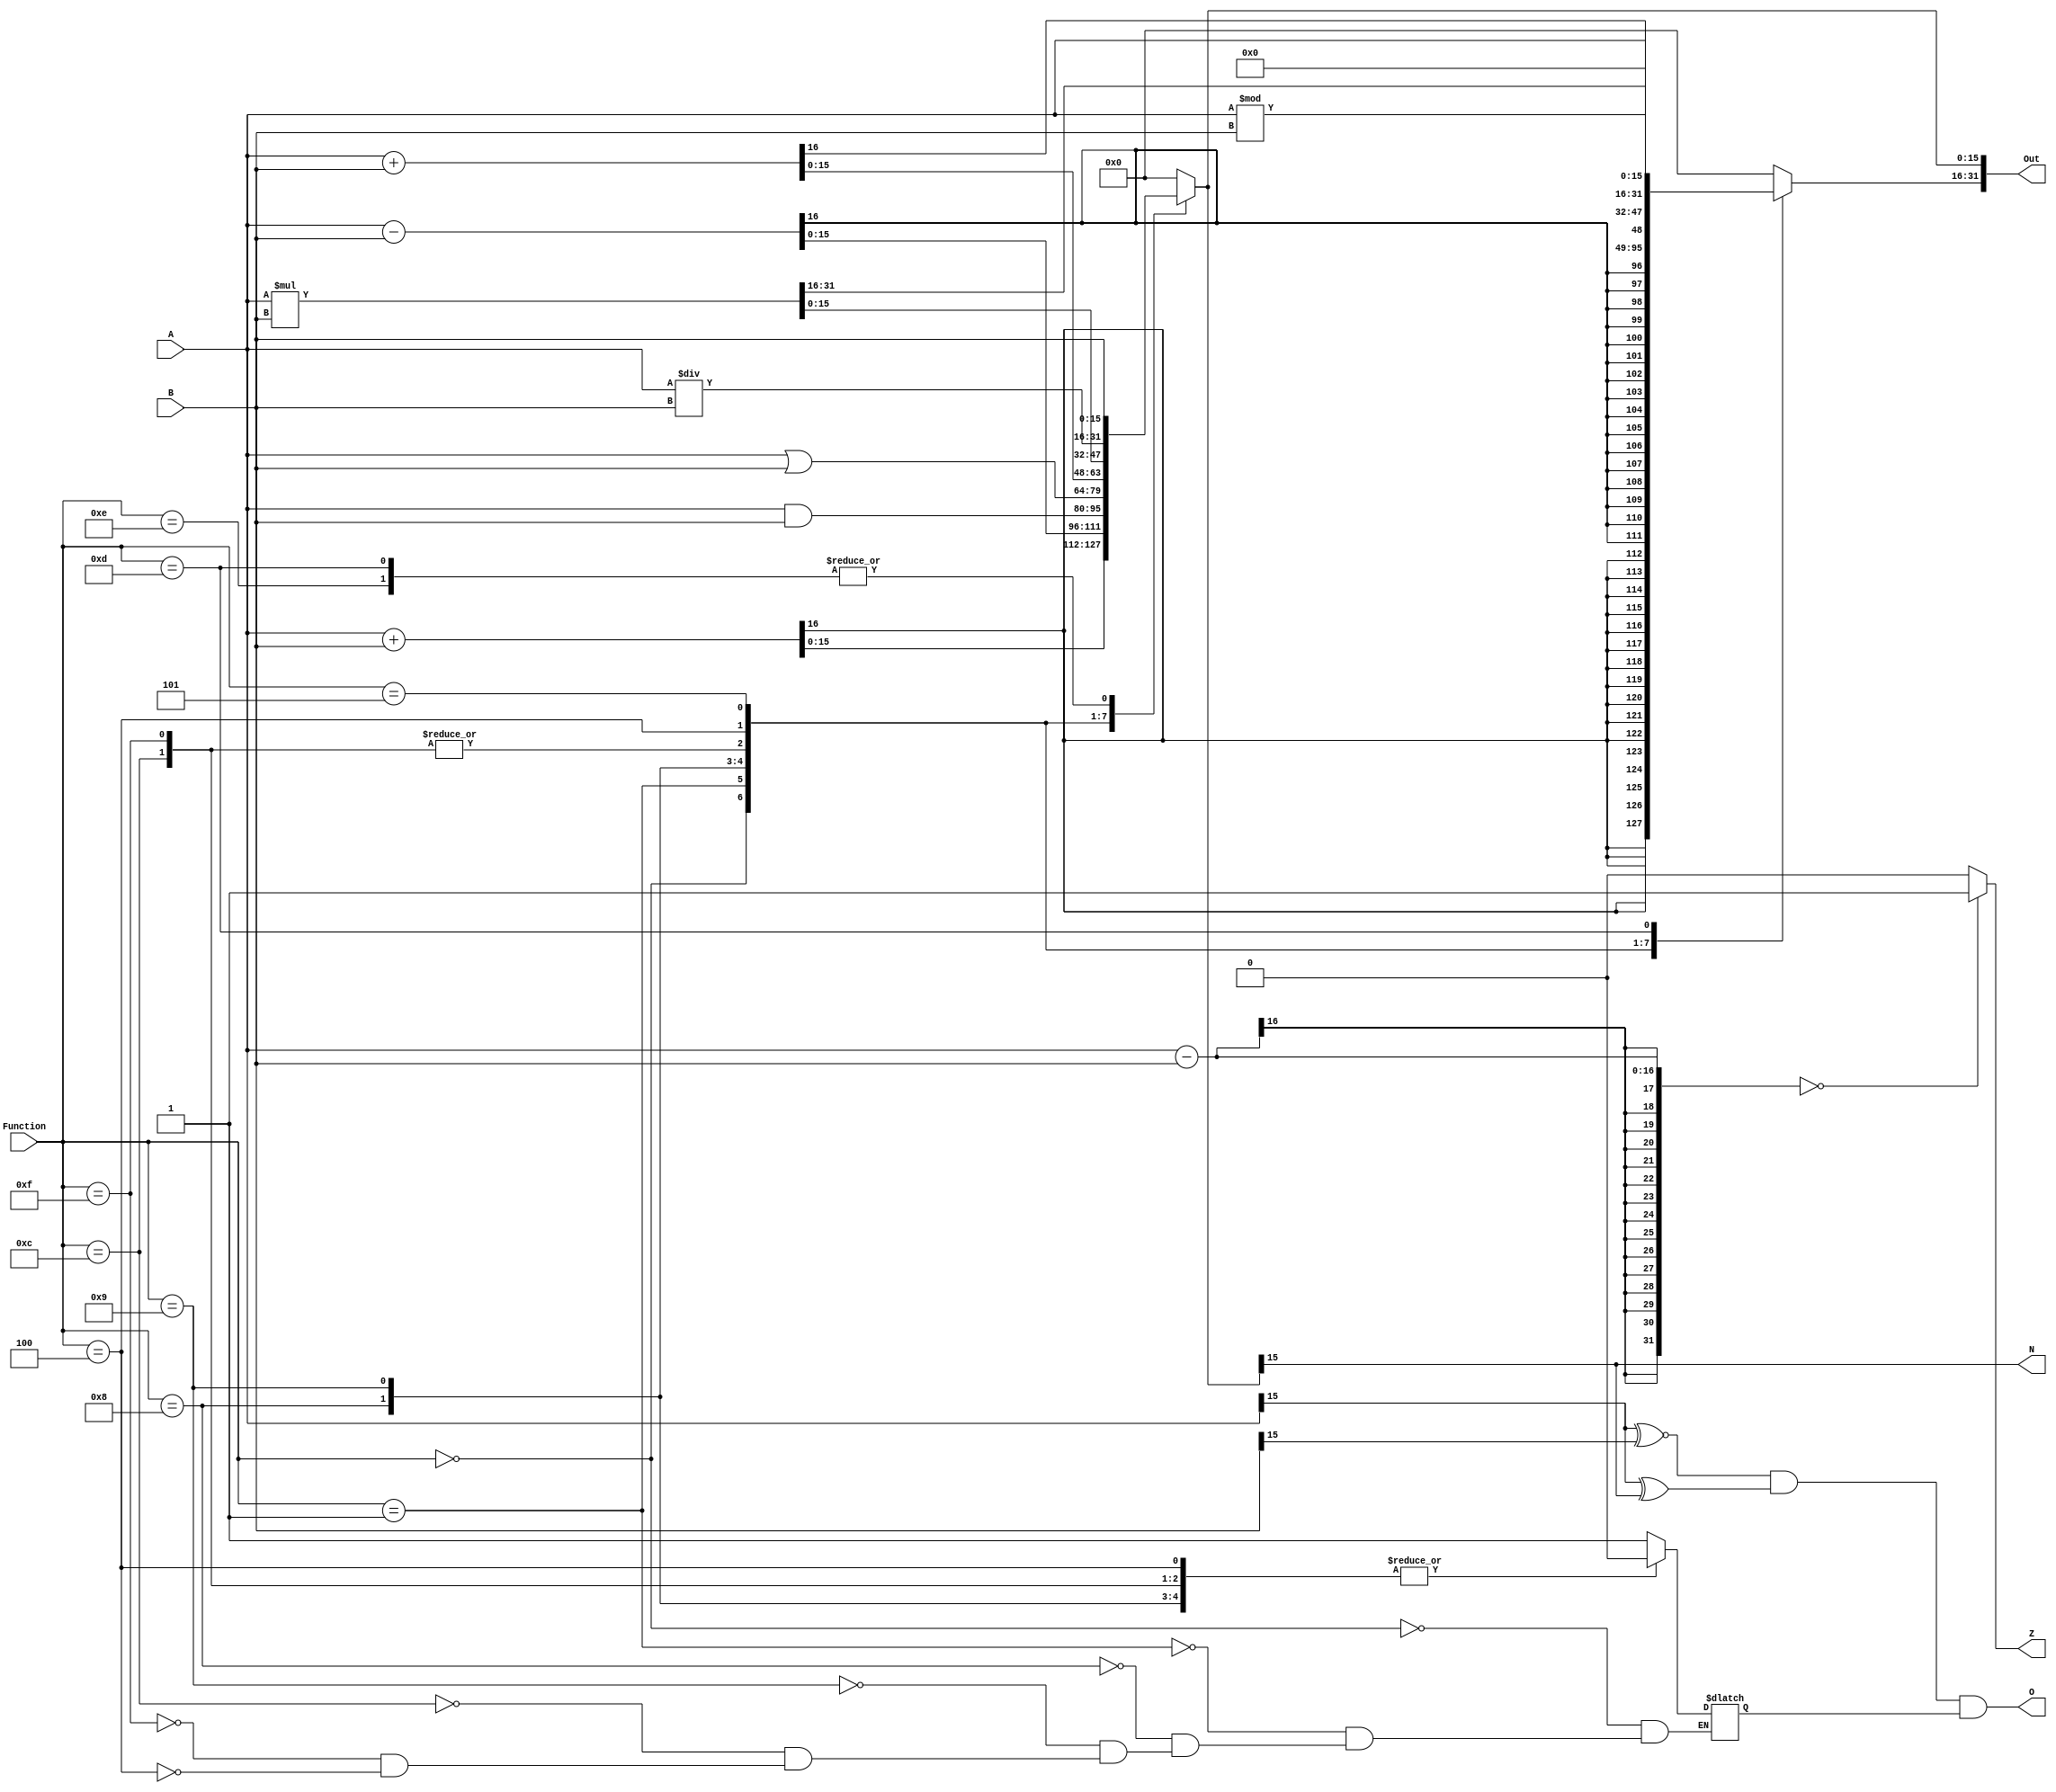
module alu(
    input [15:0] A,
    input [15:0] B,
    input [3:0] Function,
    output reg [31:0] Out,
    output O,
    output Z,
    output reg N
    );

    
    
    reg Of_temp2;
    //Of_temp and Of_temp2 allow overflow check to only happen if arithmetic operation
    
    assign Of_temp = (A[15] ^~ B[15]) && (A[15] ^ Out[15]);
    assign O = Of_temp && Of_temp2;
    assign Z = ((A - B) == 0) ? 1 : 0;
    always @(*)
    begin
	
	
	/////FUNCTION CODES/////:
	//0000 Signed Add
	//0001 Signed Subtract
	//0100 Signed Multiplication
	//0101 Signed division
	//1000 AND Immediate
	//1001 OR Immediate
	//1100 Memory operation
	//1101 SWAP
	//1110 MOVE

      
        casex (Function)
            4'b0000 : //add 
                begin
                    Out = $signed(A) + $signed(B);
                    Of_temp2 = 1'b1;
                end
            4'b0001 : //subtract
                begin
                    Out = $signed(A) - $signed(B);
                    Of_temp2 = 1'b1;

                end
            4'b1000 : //AND
                begin
                    Out = A & B;
                    Of_temp2 = 1'b0;
                end
            4'b1001 : //OR
                begin
                    Out = A | B;
                    Of_temp2 = 1'b0;
                end
			4'b1100 : //memory operation 
				begin
					Out = A + B;
					Of_temp2 = 1'b0;
				end
			4'b1111 : //memory byte operation 
                    begin
                        Out = A + B;
                        Of_temp2 = 1'b0;
                    end				
			4'b0100 : // Signed Multiplication
				begin
					Out = $signed(A) * $signed(B);
					Of_temp2 = 1'b0;
				end
			4'b0101 : // signed division
				begin
					Out[31:16] = $signed(A) % $signed(B);
					Out[15:0]  = $signed(A) / $signed(B);
				end
			4'b1101 : // SWAP
                begin
                    Out[31:16] = A;
                    Out[15:0]  = B;
                end
			4'b1110 : // MOVE
                begin
                    Out[31:16] = 0;
                    Out[15:0]  = B;
                end                                				
            default :
                    begin
                    Out = 0;
                    end
            
        endcase
            N = Out[15];
    end
    
endmodule